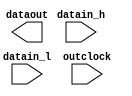
// megafunction wizard: %ALTDDIO_OUT%VBB%
// GENERATION: STANDARD
// VERSION: WM1.0
// MODULE: ALTDDIO_OUT 

// ============================================================
// Megafunction Name(s):
// 			ALTDDIO_OUT
//
// Simulation Library Files(s):
// 			altera_mf
// ============================================================
// ************************************************************
// THIS IS A WIZARD-GENERATED FILE. DO NOT EDIT THIS FILE!
//
// 13.1.0 Build 162 10/23/2013 SJ Full Version
// ************************************************************

//Copyright (C) 1991-2013 Altera Corporation
//Your use of Altera Corporation's design tools, logic functions 
//and other software and tools, and its AMPP partner logic 
//functions, and any output files from any of the foregoing 
//(including device programming or simulation files), and any 
//associated documentation or information are expressly subject 
//to the terms and conditions of the Altera Program License 
//Subscription Agreement, Altera MegaCore Function License 
//Agreement, or other applicable license agreement, including, 
//without limitation, that your use is for the sole purpose of 
//programming logic devices manufactured by Altera and sold by 
//Altera or its authorized distributors.  Please refer to the 
//applicable agreement for further details.

module ddio_out (
	datain_h,
	datain_l,
	outclock,
	dataout);

	input	[0:0]  datain_h;
	input	[0:0]  datain_l;
	input	  outclock;
	output	[0:0]  dataout;

endmodule

// ============================================================
// CNX file retrieval info
// ============================================================
// Retrieval info: LIBRARY: altera_mf altera_mf.altera_mf_components.all
// Retrieval info: PRIVATE: INTENDED_DEVICE_FAMILY STRING "Cyclone IV E"
// Retrieval info: CONSTANT: EXTEND_OE_DISABLE STRING "OFF"
// Retrieval info: CONSTANT: INTENDED_DEVICE_FAMILY STRING "Cyclone IV E"
// Retrieval info: CONSTANT: INVERT_OUTPUT STRING "OFF"
// Retrieval info: CONSTANT: LPM_HINT STRING "UNUSED"
// Retrieval info: CONSTANT: LPM_TYPE STRING "altddio_out"
// Retrieval info: CONSTANT: OE_REG STRING "UNREGISTERED"
// Retrieval info: CONSTANT: POWER_UP_HIGH STRING "OFF"
// Retrieval info: CONSTANT: WIDTH NUMERIC "1"
// Retrieval info: USED_PORT: datain_h 0 0 1 0 INPUT NODEFVAL "datain_h[0..0]"
// Retrieval info: CONNECT: @datain_h 0 0 1 0 datain_h 0 0 1 0
// Retrieval info: USED_PORT: datain_l 0 0 1 0 INPUT NODEFVAL "datain_l[0..0]"
// Retrieval info: CONNECT: @datain_l 0 0 1 0 datain_l 0 0 1 0
// Retrieval info: USED_PORT: dataout 0 0 1 0 OUTPUT NODEFVAL "dataout[0..0]"
// Retrieval info: CONNECT: dataout 0 0 1 0 @dataout 0 0 1 0
// Retrieval info: USED_PORT: outclock 0 0 0 0 INPUT_CLK_EXT NODEFVAL "outclock"
// Retrieval info: CONNECT: @outclock 0 0 0 0 outclock 0 0 0 0
// Retrieval info: GEN_FILE: TYPE_NORMAL ddio_out.v TRUE FALSE
// Retrieval info: GEN_FILE: TYPE_NORMAL ddio_out.qip TRUE FALSE
// Retrieval info: GEN_FILE: TYPE_NORMAL ddio_out.bsf TRUE TRUE
// Retrieval info: GEN_FILE: TYPE_NORMAL ddio_out_inst.v TRUE TRUE
// Retrieval info: GEN_FILE: TYPE_NORMAL ddio_out_bb.v TRUE TRUE
// Retrieval info: GEN_FILE: TYPE_NORMAL ddio_out.inc TRUE TRUE
// Retrieval info: GEN_FILE: TYPE_NORMAL ddio_out.cmp TRUE TRUE
// Retrieval info: GEN_FILE: TYPE_NORMAL ddio_out.ppf TRUE FALSE
// Retrieval info: LIB_FILE: altera_mf